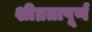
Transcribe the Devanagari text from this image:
शीघ्रतापूर्ण